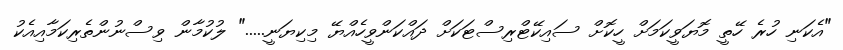
"އެކަނި ހުރެ ހޭތީ މޮޔަވީކަމަށް ހީކޮށް ސައިކޭޓްރިސްޓަކަށް ދައްކަންވީހެއްޔޭ މިކިޔަނީ....." ލުކުމާން ވިސްނުންތެރިކަމާއިއެކު